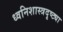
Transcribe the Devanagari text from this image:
ध्वनिशास्त्रदृष्ट्या